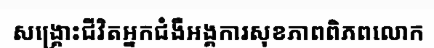
សង្គ្រោះជីវិតអ្នកជំងឺអង្គការសុខភាពពិភពលោក